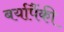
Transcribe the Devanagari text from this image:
बर्यापैंकी